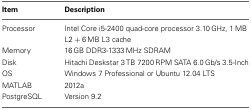
<table><thead><tr><td><b>Item</b></td><td><b>Description</b></td></tr></thead><tbody><tr><td>Processor</td><td>Intel Core i5-2400 quad-core processor 3.10 GHz, 1 MB L2 + 6 MB L3 cache</td></tr><tr><td>Memory</td><td>16 GB DDR3-1333 MHz SDRAM</td></tr><tr><td>Disk</td><td>Hitachi Deskstar 3 TB 7200 RPM SATA 6.0 Gb/s 3.5-Inch</td></tr><tr><td>OS</td><td>Windows 7 Professional or Ubuntu 12.04 LTS</td></tr><tr><td>MATLAB</td><td>2012a</td></tr><tr><td>PostgreSQL</td><td>Version 9.2</td></tr></tbody></table>